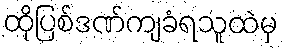
ထိုပြစ်ဒဏ်ကျခံရသူထဲမှ